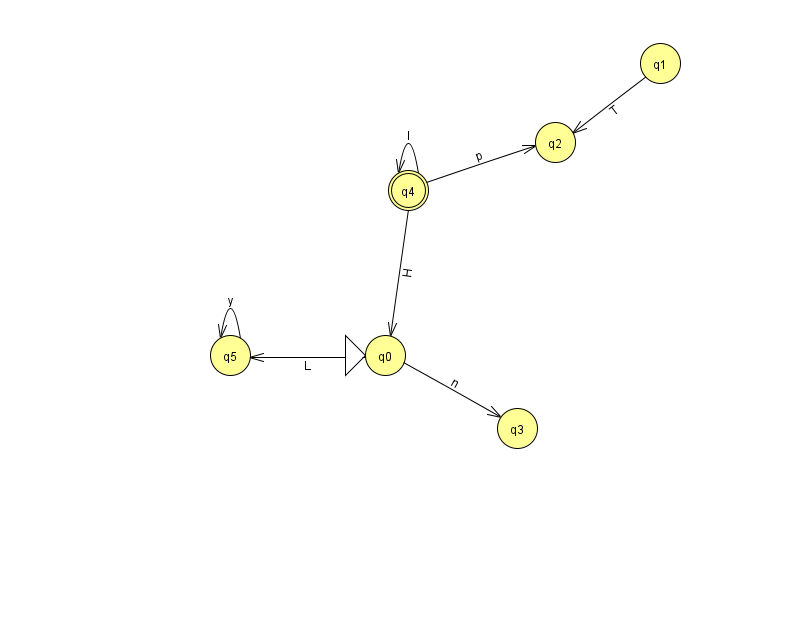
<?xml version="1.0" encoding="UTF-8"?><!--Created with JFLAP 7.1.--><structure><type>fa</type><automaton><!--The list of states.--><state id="0" name="q0"><x>385.0</x><y>342.0</y><initial/></state><state id="1" name="q1"><x>660.0</x><y>50.0</y></state><state id="2" name="q2"><x>555.0</x><y>129.0</y></state><state id="3" name="q3"><x>517.0</x><y>415.0</y></state><state id="4" name="q4"><x>408.0</x><y>177.0</y><final/></state><state id="5" name="q5"><x>230.0</x><y>342.0</y></state><!--The list of transitions.--><transition><from>0</from><to>3</to><read>n</read></transition><transition><from>1</from><to>2</to><read>T</read></transition><transition><from>0</from><to>5</to><read>L</read></transition><transition><from>4</from><to>2</to><read>p</read></transition><transition><from>5</from><to>5</to><read>y</read></transition><transition><from>4</from><to>4</to><read>l</read></transition><transition><from>4</from><to>0</to><read>H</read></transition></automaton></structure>